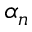
\alpha _ { n }